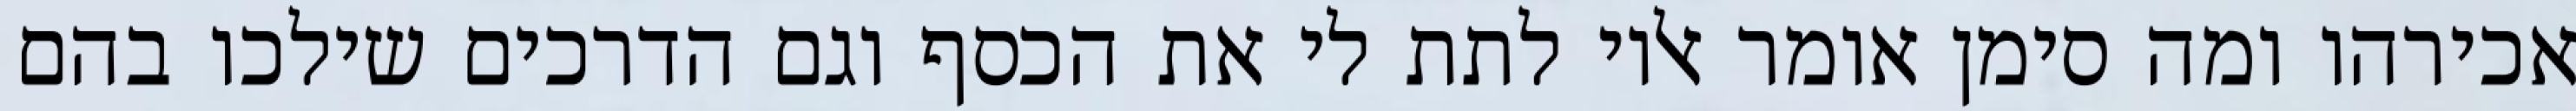
אכירהו ומה סימן אומר אליו לתת לי את הכסף וגם הדרכים שילכו בהם